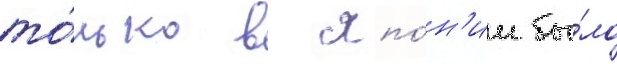
то́лько в япо́н'ии бы́ло